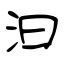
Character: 汩